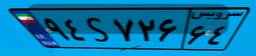
۹۴S۷۲۶۶۴